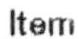
ITEM